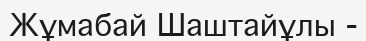
Жұмабай Шаштайұлы -